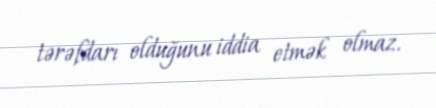
tərəfdarı olduğunu iddia etmək olmaz.